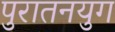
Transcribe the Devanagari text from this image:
पुरातनयुग